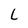
Character: L